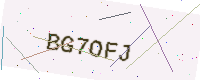
Text: BG7OFJ